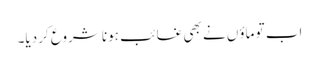
اب تو ماؤں نے بھی غائب ہونا شروع کردیا۔